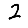
Digit: 2